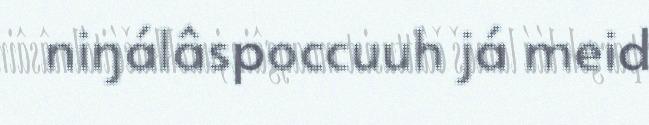
niŋálâspoccuuh já meid